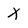
Character: x